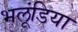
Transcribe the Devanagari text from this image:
भलूंडिया